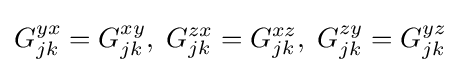
G_{jk}^{yx}=G_{jk}^{xy},\;G_{jk}^{zx}=G_{jk}^{xz},\;G_{jk}^{zy}=G_{jk}^{yz}